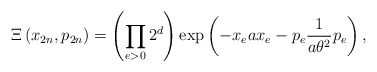
\begin{align*}\Xi\left( x_{2n},p_{2n}\right) =\left( \prod_{e>0}2^{d}\right) \exp\left(-x_{e}ax_{e}-p_{e}\frac{1}{a\theta^{2}}p_{e}\right) , \end{align*}